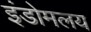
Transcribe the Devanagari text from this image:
इंडोमलय